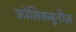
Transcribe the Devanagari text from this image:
फ्रोलिकबूनीज़